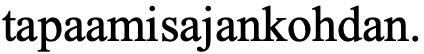
tapaamisajankohdan.